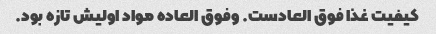
کیفیت غذا فوق العادست. وفوق العاده مواد اولیش تازه بود.